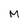
Character: M